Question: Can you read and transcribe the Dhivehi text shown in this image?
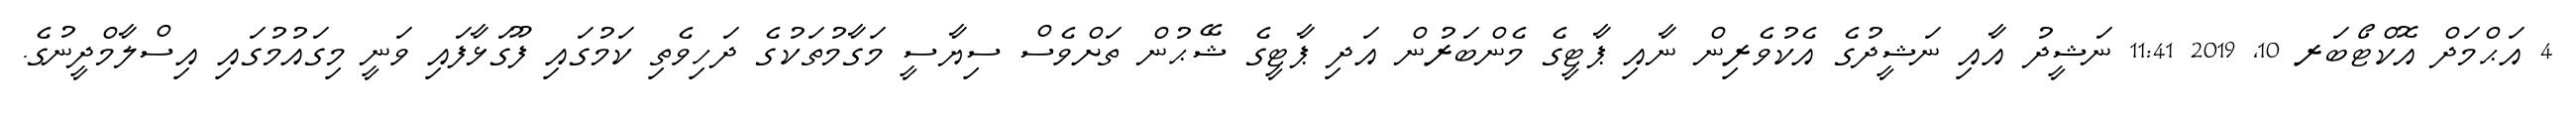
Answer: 4 އަޙްމަދް އޮކްޓޯބަރ 10, 2019 11:41 ނަޝީދު އާއި ނަޝީދުގެ އެކުވެރިން ނާއި ޕާޓީގެ މެންބަރުން އަދި ޕާޓީގެ ޝޭޙުން ތަށްވެސް ސިޔާސީ މަގާމުތަކުގެ ދަހިވެތި ކަމުގައި ފޫގަޅާފައި ވަނީ މިގައުމުގައި އިސްލާމްދީނުގެ.